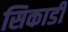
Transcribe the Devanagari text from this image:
सिकार्डी